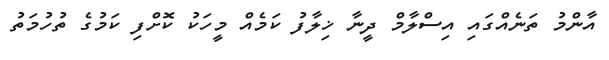
އާންމު ތަނެއްގައި އިސްލާމް ދީނާ ޚިލާފު ކަމެއް މީހަކު ކޮށްފި ކަމުގެ ތުހުމަތު